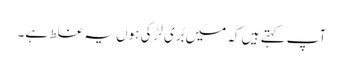
آپ کہتے ہیں کہ میں بُری لڑکی ہوں یہ غلط ہے۔